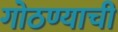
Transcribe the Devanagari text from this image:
गोठण्याची